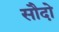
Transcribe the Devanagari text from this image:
सौदो